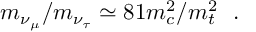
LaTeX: m _ { \nu _ { \mu } } / m _ { \nu _ { \tau } } \simeq 8 1 m _ { c } ^ { 2 } / m _ { t } ^ { 2 } ~ ~ .